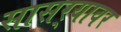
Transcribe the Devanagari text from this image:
सासर्‍यावर